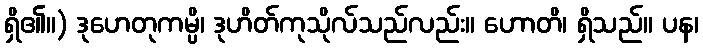
ရှိ၏။) ဒုဟေတုကမ္ပိ၊ ဒုဟိတ်ကုသိုလ်သည်လည်း။ ဟောတိ၊ ရှိသည်။ ပန၊